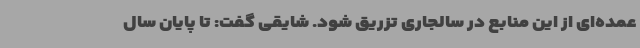
عمده‌ای از این منابع در سالجاری تزریق شود. شایقی گفت: تا پایان سال